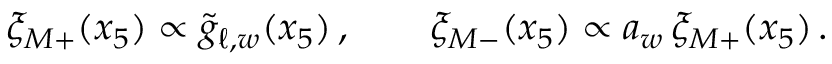
\xi _ { M + } ( x _ { 5 } ) \propto \tilde { g } _ { \ell , w } ( x _ { 5 } ) \, , \quad \quad \xi _ { M - } ( x _ { 5 } ) \propto a _ { w } \, \xi _ { M + } ( x _ { 5 } ) \, .